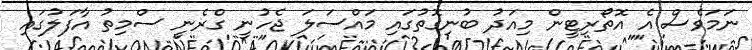
ނަމަވެސް އެ އޮތޯރިޓީން މިއަދު ބުނިގޮތުގައި މައްސަލަ ޖެހުނީ ގްރެނީ ސްމިތު އާފަލުގައި